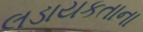
લડાયકતાના